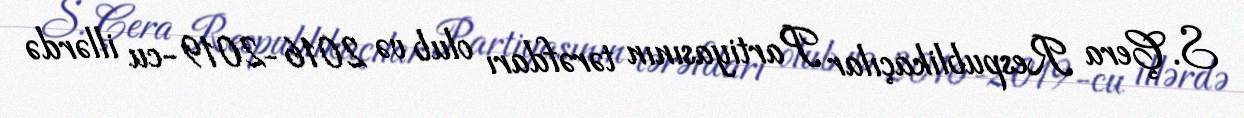
S. Çera Respublikaçılar Partiyasının tərəfdarı olub və 2016-2019-cu illərdə